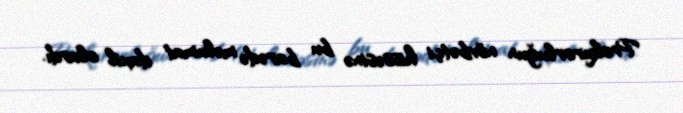
Prokurorluğun növbətçi hissəsinə bu barədə məlumat daxil olardı.